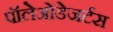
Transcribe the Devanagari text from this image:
पॉलेओडेजर्टस